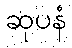
ဆုပနံ